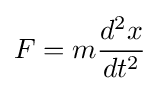
F=m{\frac {d^{2}x}{dt^{2}}}